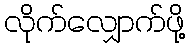
လိုက်လျှောက်ဖို့